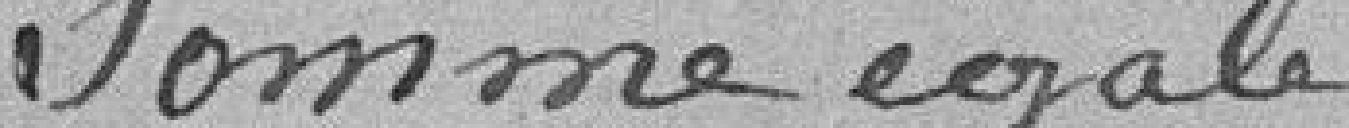
Somme égale